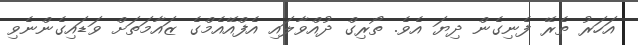
އަހަރު ތެރޭ ފެނިގެން ދިޔަ އެވެ. ތޯރިގް ދުއްވާލައި އެފްއޭއެމްގެ ޒައާމަތަށް ވަޑައިގެންނެވި